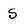
Character: S